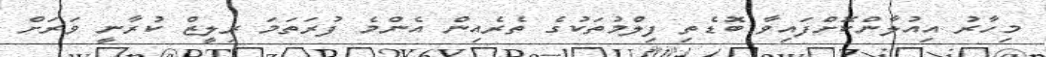
މިހާރު އިއުލާންކޮށްފައިވާ ބޮޑެތި ފިލްމުތަކުގެ ތެރެއިން އެންމެ ފުރަތަމަ ރިލީޒް ކުރާނީ ވަރަށް